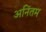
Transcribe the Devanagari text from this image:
अनिंतम